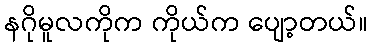
နဂိုမူလကိုက ကိုယ်က ပျော့တယ်။